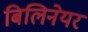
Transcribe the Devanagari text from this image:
बिलिनेयर